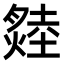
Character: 𤏝